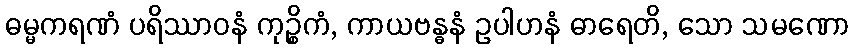
ဓမ္မကရဏံ ပရိဿာဝနံ ကုဉ္စိကံ, ကာယဗန္ဓနံ ဥပါဟနံ ဓာရေတိ, သော သမဏော